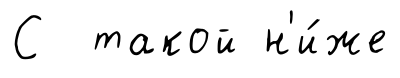
С такой н'и́же